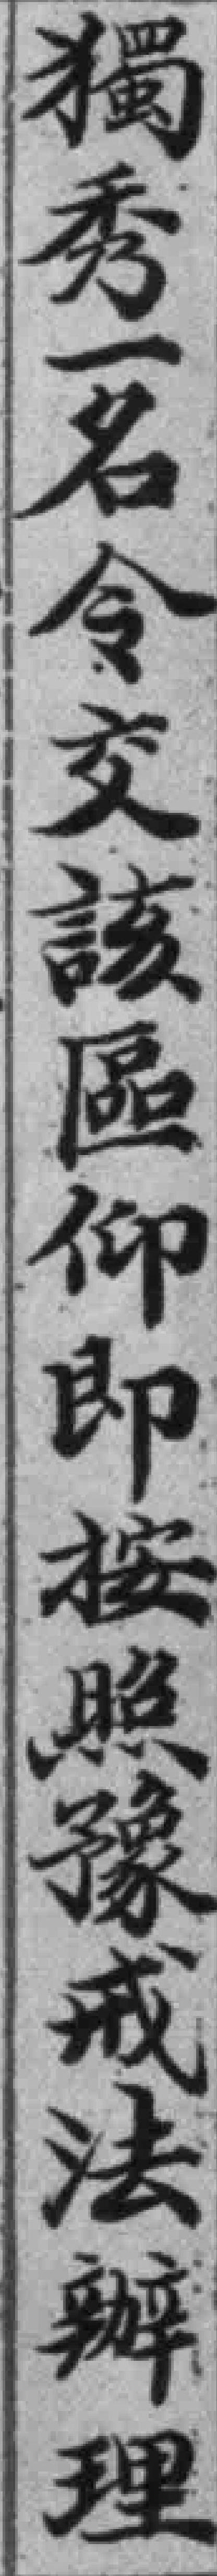
獨秀一名令交該區仰即按照豫戒法辦理